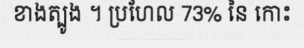
ខាងត្បូង ។ ប្រហែល 73% នៃ កោះ